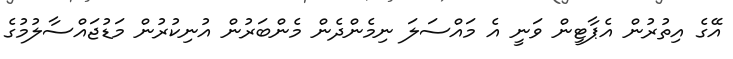
އޭގެ އިތުރުން އެޕާޓީން ވަނީ އެ މައްސަލަ ނިމެންދެން މެންބަރުން އުނިކުރުން މަޑުޖައްސާލުމުގެ